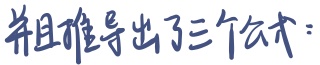
并且推导出了三个公式：